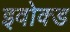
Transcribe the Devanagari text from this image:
इवोक्ड